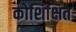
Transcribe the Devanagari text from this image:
कोशिक्षित